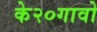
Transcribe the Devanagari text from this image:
के२०गावो